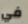
في